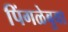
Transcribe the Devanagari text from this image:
पिंगळेबुवा